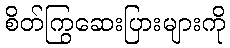
စိတ်ကြွဆေးပြားများကို